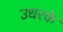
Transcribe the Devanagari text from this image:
उधरके